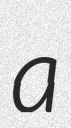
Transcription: a